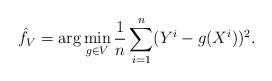
LaTeX: \begin{align*} \hat{f}_V=\arg\min_{g\in V} \frac{1}{n}\sum_{i=1}^n(Y^i-g(X^i))^2.\end{align*}